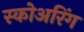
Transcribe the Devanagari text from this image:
स्कोअरिंग